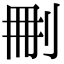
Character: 𠜂